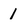
Character: 1